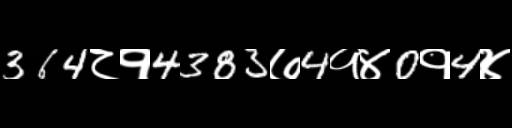
Text: 364८१4383७4१४0१4४